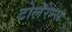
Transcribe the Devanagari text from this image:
टोलेरेन्स